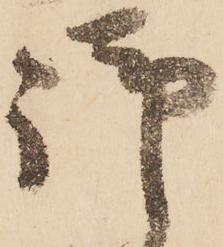
御